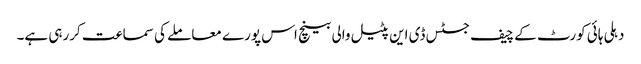
دہلی ہائی کورٹ کے چیف جسٹس ڈی این پٹیل والی بینچ اس پورے معاملے کی سماعت کررہی ہے۔